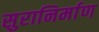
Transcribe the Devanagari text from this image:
सुरानिर्माण